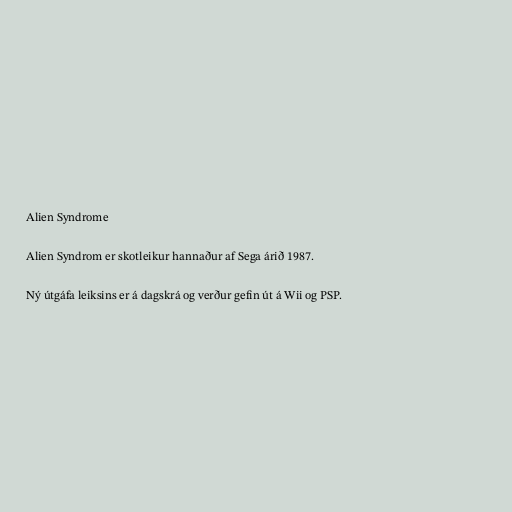
Alien Syndrome

Alien Syndrom er skotleikur hannaður af Sega árið 1987.

Ný útgáfa leiksins er á dagskrá og verður gefin út á Wii og PSP.